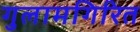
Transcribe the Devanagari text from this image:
गुलामगिरित